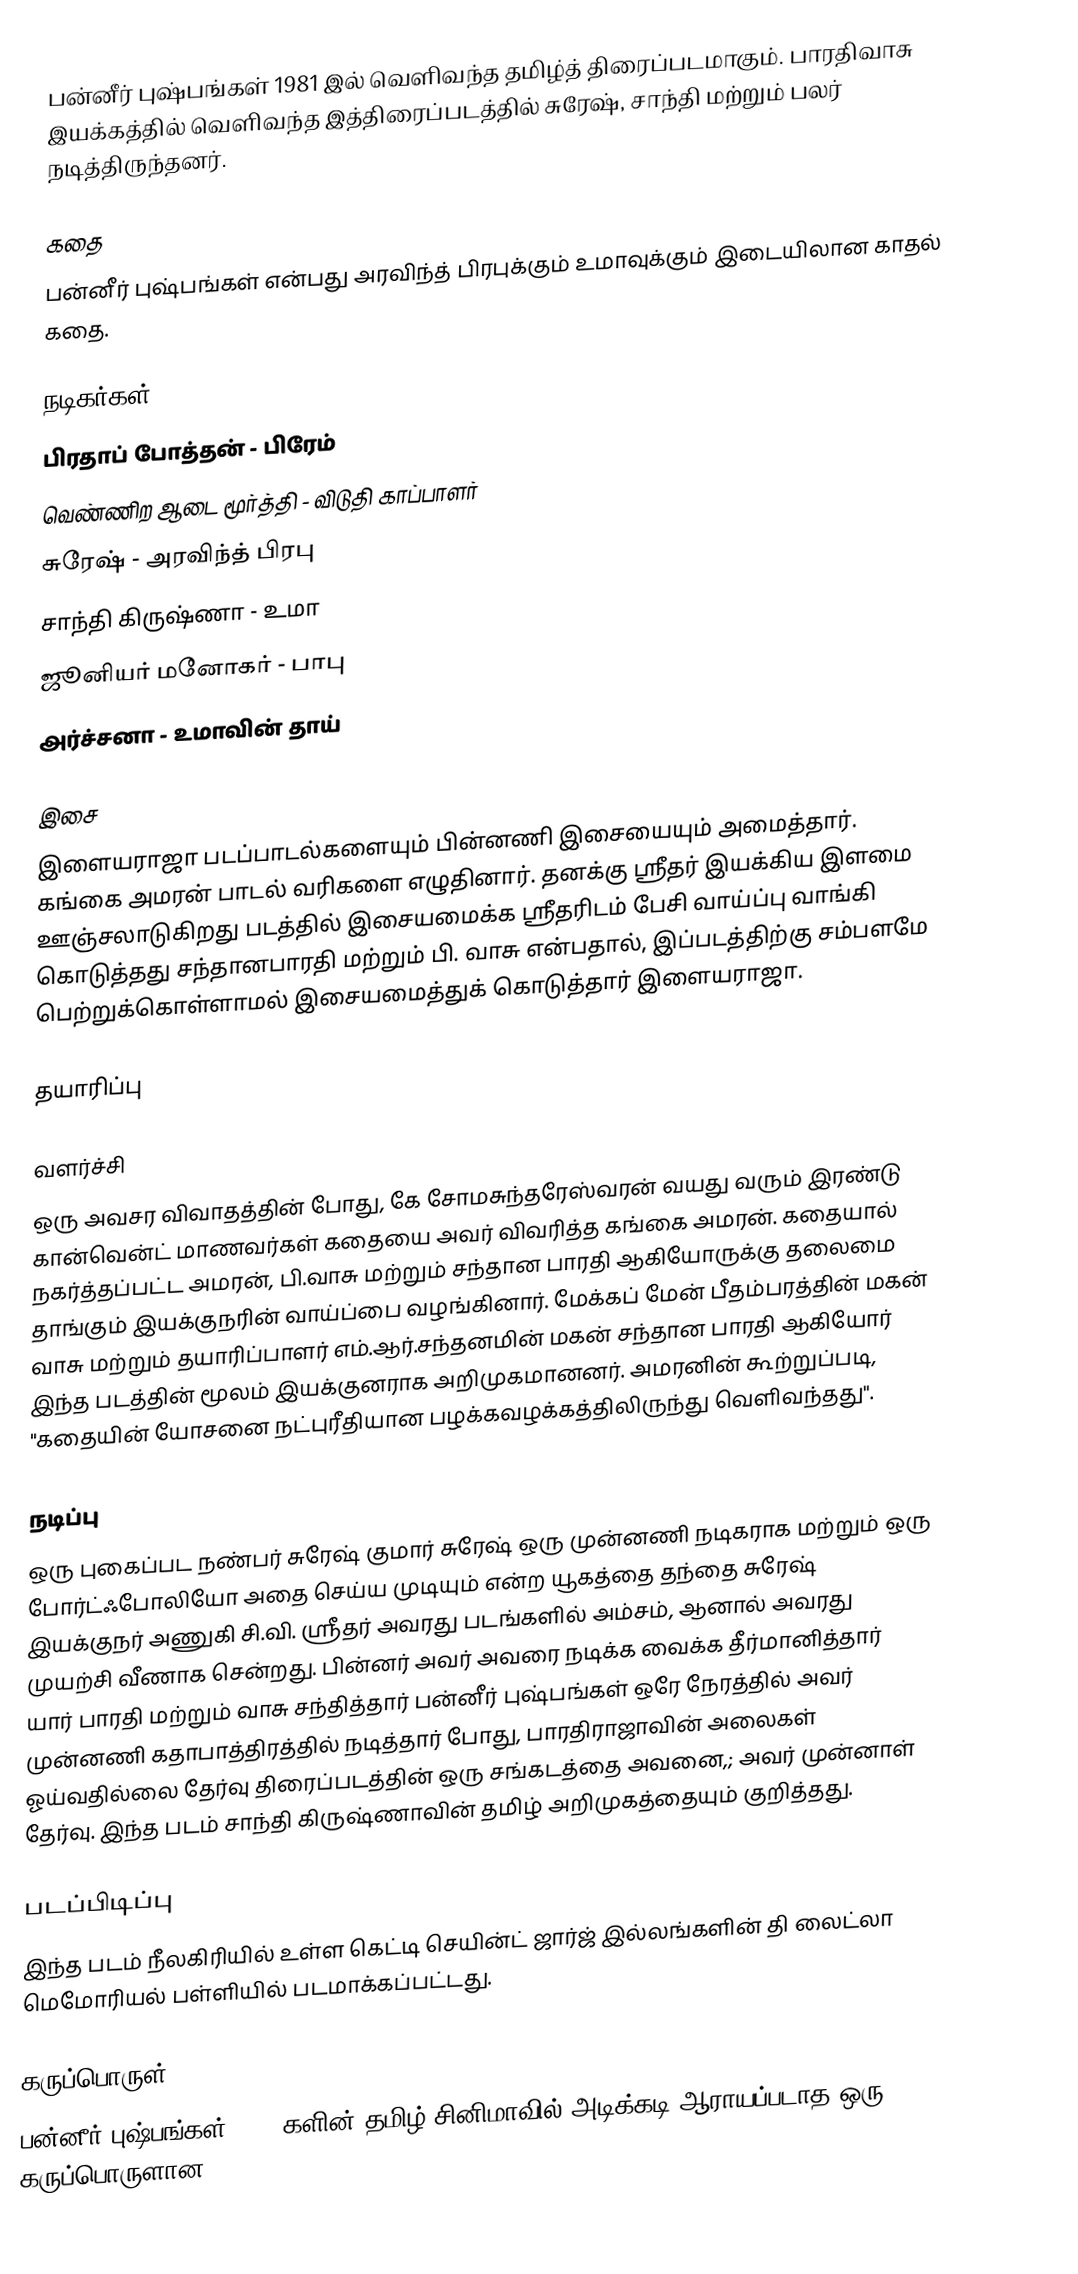
பன்னீர் புஷ்பங்கள் 1981 இல் வெளிவந்த தமிழ்த் திரைப்படமாகும். பாரதிவாசு இயக்கத்தில் வெளிவந்த இத்திரைப்படத்தில் சுரேஷ், சாந்தி மற்றும் பலர் நடித்திருந்தனர்.

கதை
பன்னீர் புஷ்பங்கள் என்பது அரவிந்த் பிரபுக்கும் உமாவுக்கும் இடையிலான காதல் கதை.

நடிகர்கள்
 பிரதாப் போத்தன் - பிரேம்
 வெண்ணிற ஆடை மூர்த்தி - விடுதி காப்பாளர்
 சுரேஷ் - அரவிந்த் பிரபு
 சாந்தி கிருஷ்ணா - உமா
 ஜூனியர் மனோகர் - பாபு
 அர்ச்சனா - உமாவின் தாய்

இசை
இளையராஜா படப்பாடல்களையும் பின்னணி இசையையும் அமைத்தார். கங்கை அமரன் பாடல் வரிகளை எழுதினார். தனக்கு ஸ்ரீதர் இயக்கிய இளமை ஊஞ்சலாடுகிறது படத்தில் இசையமைக்க ஸ்ரீதரிடம் பேசி வாய்ப்பு வாங்கி கொடுத்தது சந்தானபாரதி மற்றும் பி. வாசு என்பதால், இப்படத்திற்கு சம்பளமே பெற்றுக்கொள்ளாமல் இசையமைத்துக் கொடுத்தார் இளையராஜா.

தயாரிப்பு

வளர்ச்சி
ஒரு அவசர விவாதத்தின் போது, கே சோமசுந்தரேஸ்வரன் வயது வரும் இரண்டு கான்வென்ட் மாணவர்கள் கதையை அவர் விவரித்த கங்கை அமரன். கதையால் நகர்த்தப்பட்ட அமரன், பி.வாசு மற்றும் சந்தான பாரதி ஆகியோருக்கு தலைமை தாங்கும் இயக்குநரின் வாய்ப்பை வழங்கினார். மேக்கப் மேன் பீதம்பரத்தின் மகன் வாசு மற்றும் தயாரிப்பாளர் எம்.ஆர்.சந்தனமின் மகன் சந்தான பாரதி ஆகியோர் இந்த படத்தின் மூலம் இயக்குனராக அறிமுகமானனர். அமரனின் கூற்றுப்படி, "கதையின் யோசனை நட்புரீதியான பழக்கவழக்கத்திலிருந்து வெளிவந்தது".

நடிப்பு
ஒரு புகைப்பட நண்பர் சுரேஷ் குமார் சுரேஷ் ஒரு முன்னணி நடிகராக மற்றும் ஒரு போர்ட்ஃபோலியோ அதை செய்ய முடியும் என்ற யூகத்தை தந்தை சுரேஷ் இயக்குநர் அணுகி சி.வி. ஸ்ரீதர் அவரது படங்களில் அம்சம், ஆனால் அவரது முயற்சி வீணாக சென்றது. பின்னர் அவர் அவரை நடிக்க வைக்க தீர்மானித்தார் யார் பாரதி மற்றும் வாசு சந்தித்தார் பன்னீர் புஷ்பங்கள் ஒரே நேரத்தில் அவர் முன்னணி கதாபாத்திரத்தில் நடித்தார் போது, பாரதிராஜாவின் அலைகள் ஓய்வதில்லை தேர்வு திரைப்படத்தின் ஒரு சங்கடத்தை அவனை,; அவர் முன்னாள் தேர்வு. இந்த படம் சாந்தி கிருஷ்ணாவின் தமிழ் அறிமுகத்தையும் குறித்தது.

படப்பிடிப்பு
இந்த படம் நீலகிரியில் உள்ள கெட்டி செயின்ட் ஜார்ஜ் இல்லங்களின் தி லைட்லா மெமோரியல் பள்ளியில் படமாக்கப்பட்டது.

கருப்பொருள்
பன்னீர் புஷ்பங்கள் 1980 களின் தமிழ் சினிமாவில் அடிக்கடி ஆராயப்படாத ஒரு கருப்பொருளான